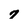
Character: 7